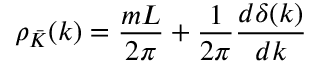
\rho _ { \bar { { \cal K } } } ( k ) = \frac { m L } { 2 \pi } + \frac { 1 } { 2 \pi } \frac { d \delta ( k ) } { d k }